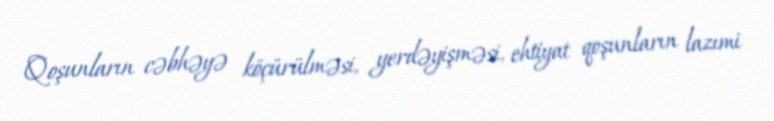
Qoşunların cəbhəyə köçürülməsi, yerdəyişməsi, ehtiyat qoşunların lazımi